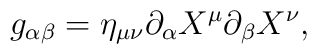
g_{\alpha\beta} = \eta_{\mu\nu} \partial_{\alpha} X^{\mu}\partial_{\beta} X^{\nu},